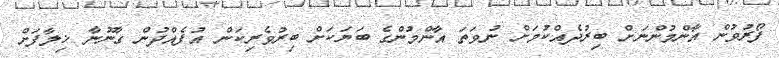
ފޯރުވުން އާންމުންނަށް ބިރުދެއްކުމަށް ނުވަތަ އާންމުންގެ ބަޔަކަށް ބިރުވެރިކަން އުފެއްދުން ގާނޫނާ ޚިލާފަށް